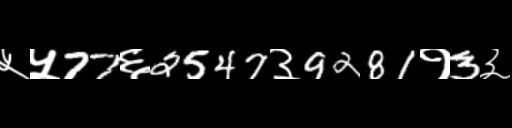
Text: ५५77६2547३9281१3३